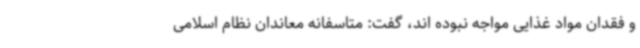
و فقدان مواد غذایی مواجه نبوده اند، گفت: متاسفانه معاندان نظام اسلامی